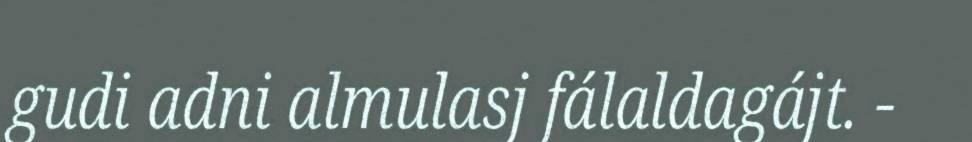
gudi adni almulasj fálaldagájt. -